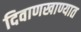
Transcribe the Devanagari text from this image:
दिवाणखाण्यात